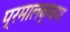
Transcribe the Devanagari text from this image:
प्रमालक्षण